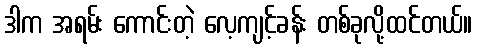
ဒါက အရမ်း ကောင်းတဲ့ လေ့ကျင့်ခန်း တစ်ခုလို့ထင်တယ်။